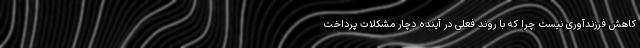
کاهش فرزند‌آوری نیست چرا که با روند فعلی در آینده دچار مشکلات پرداخت